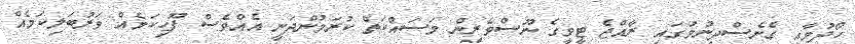
ހޯދުމާއި ގެނެސްދިނުމުގައި ރާއްޖެ ޓީވީގެ ނޫސްވެރިން މަސައްކަތް ކުރަމުންދަނީ އެއްވެސް ފޫހިކަމެއް ވަރުބަލިކަމެއް